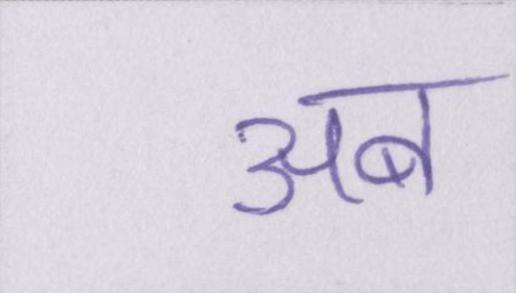
अब